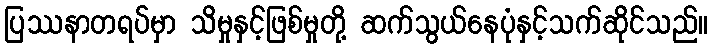
ပြဿနာတရပ်မှာ သိမှုနှင့်ဖြစ်မှုတို့ ဆက်သွယ်နေပုံနှင့်သက်ဆိုင်သည်။